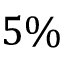
5 \%